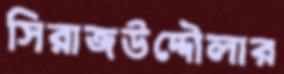
সিরাজউদ্দৌলার